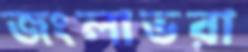
জংলাভরা